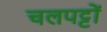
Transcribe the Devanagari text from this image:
चलपट्टों